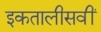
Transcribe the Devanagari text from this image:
इकतालीसवीं